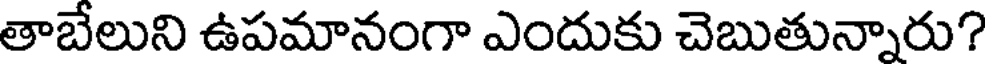
తాబేలుని ఉపమానంగా ఎందుకు చెబుతున్నారు?